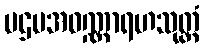
ပဌမအဝဏ္ဏာရဟသုတ္တံ